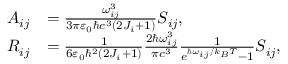
\begin{array} { r l } { A _ { i j } } & { = \frac { \omega _ { i j } ^ { 3 } } { 3 \pi \varepsilon _ { 0 } \hbar c ^ { 3 } ( 2 J _ { i } + 1 ) } S _ { i j } , } \\ { R _ { i j } } & { = \frac { 1 } { 6 \varepsilon _ { 0 } \hbar ^ { 2 } ( 2 J _ { i } + 1 ) } \frac { 2 \hbar \omega _ { i j } ^ { 3 } } { \pi c ^ { 3 } } \frac { 1 } { e ^ { \hbar \omega _ { i j } / k _ { B } T } - 1 } S _ { i j } , } \end{array}